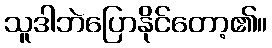
သူဒါဘဲပြောနိုင်တော့၏။